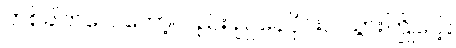
တစ်ခါတလေတော့လည်း ညနေပိုင်းပဲ သွားကြိုပေါ့။